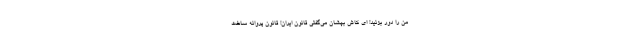
من را دور بزنید! ای کاش بهشان می‌گفتی قانون ایران! قانون پروانه ساخت